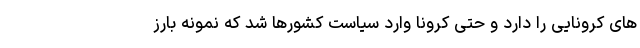
های کرونایی را دارد و حتی کرونا وارد سیاست کشورها شد که نمونه بارز